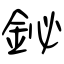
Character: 鉍